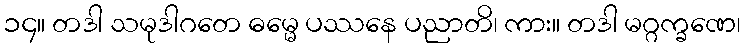
၁၄။ တဒါ သမုဒါဂတေ ဓမ္မေ ပဿနေ ပညာတိ၊ ကား။ တဒါ မဂ္ဂက္ခဏေ၊